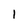
Character: 1